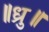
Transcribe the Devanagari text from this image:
॥ध्रु॥